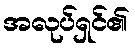
အလုပ်ရှင်၏